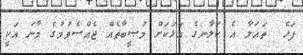
ފަހެ  ތަޢަލާ އެ ކަލާނގެ އަޅަކަށް މުޞީބާތެއް ޖެއްސެވުމުގެ މާނަ އަކީ